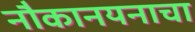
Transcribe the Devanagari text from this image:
नौकानयनाचा